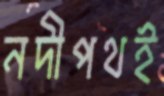
নদীপথই